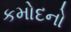
કમોદનો